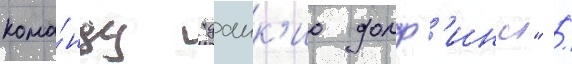
кома́нду "даик'ио долф'инс" /